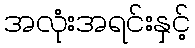
အလုံးအရင်းနှင့်